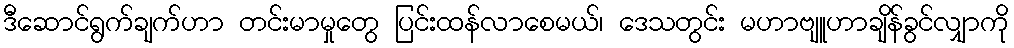
ဒီဆောင်ရွက်ချက်ဟာ တင်းမာမှုတွေ ပြင်းထန်လာစေမယ်၊ ဒေသတွင်း မဟာဗျူဟာချိန်ခွင်လျှာကို